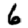
Digit: 6